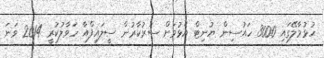
ހުޅުމާލޭގައި 3000 ހައުސިން ޔުނިޓް އެޅުމަށް ސަރުކާރުން ސީލައިފްއާ ހަވާލުކުރީ 2014 ވަނަ